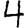
Digit: 4